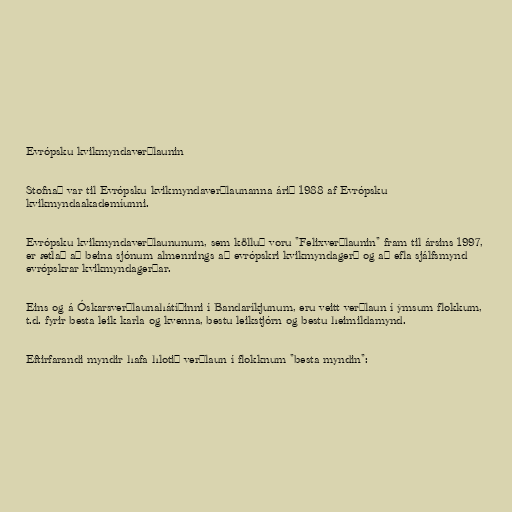
Evrópsku kvikmyndaverðlaunin

Stofnað var til Evrópsku kvikmyndaverðlaunanna árið 1988 af Evrópsku
kvikmyndaakademíunni.

Evrópsku kvikmyndaverðlaununum, sem kölluð voru "Felixverðlaunin" fram til ársins 1997,
er ætlað að beina sjónum almennings að evrópskri kvikmyndagerð og að efla sjálfsmynd
evrópskrar kvikmyndagerðar.

Eins og á Óskarsverðlaunahátíðinni í Bandaríkjunum, eru veitt verðlaun í ýmsum flokkum,
t.d. fyrir besta leik karla og kvenna, bestu leikstjórn og bestu heimildamynd.

Eftirfarandi myndir hafa hlotið verðlaun í flokknum "besta myndin":